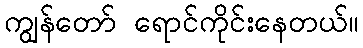
ကျွန်တော် ရောင်ကိုင်းနေတယ်။